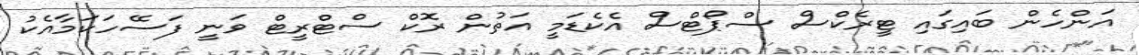
އަންހެން ބައިގައި ޓީރެކްސް ސްޕޯޓްސް އެކެޑަމީ އަތުން ރޮކް ސްޓްރީޓް ވަނީ ފަސޭހަކަމާއެކު